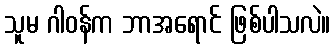
သူမ ဂါဝန်က ဘာအရောင် ဖြစ်ပါသလဲ။